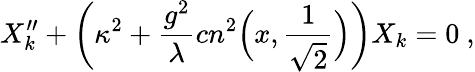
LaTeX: X_{k}^{\prime\prime}+{\left(\kappa^{2}+{\frac{g^{2}}{\lambda}}cn^{2}\Bigl(x,{\frac{1}{\sqrt{2}}}\Bigr)\right)}X_{k}=0\ ,